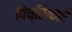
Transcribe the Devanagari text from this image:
पिच्छिकाएँ